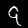
Label: 9